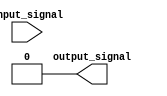
module cmos_not_gate(input input_signal, output output_signal);

// Define signals for the PMOS and NMOS transistors
wire pmos_gate, nmos_gate;

// Logic for the PMOS gate
assign pmos_gate = ~input_signal;

// Logic for the NMOS gate
assign nmos_gate = input_signal;

// Output logic
assign output_signal = pmos_gate & nmos_gate;

endmodule